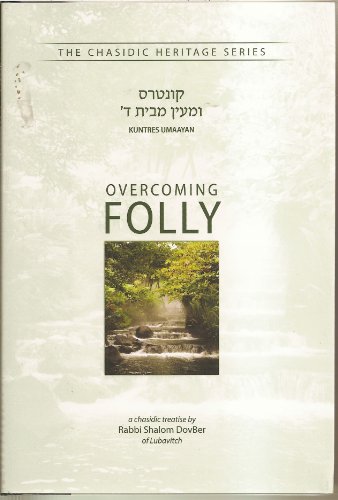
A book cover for Overcoming Folly - Kuntres Umaayan: A Chasidic Treatise (Chasidic Heritage Series)); Rabbi Shalom Dovber of Lubavitch; Religion & Spirituality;